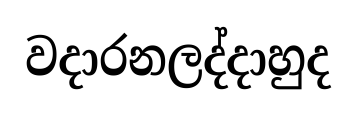
වදාරනලද්දාහුද